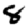
Digit: 8